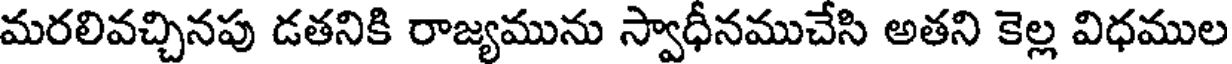
మరలివచ్చినపు డతనికి రాజ్యమును స్వాధీనముచేసి అతని కెల్ల విధముల